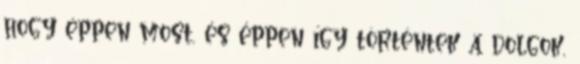
hogy éppen most, és éppen így történtek a dolgok,